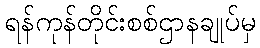
ရန်ကုန်တိုင်းစစ်ဌာနချုပ်မှ